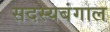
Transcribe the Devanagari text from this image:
सदस्यबंगाल